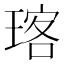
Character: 𪻽